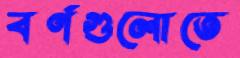
বর্ণগুলোতে